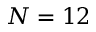
N = 1 2